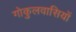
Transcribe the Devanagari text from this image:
गोकुलवासियों